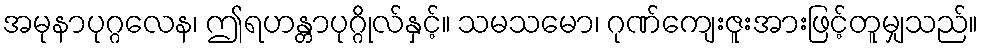
အမုနာပုဂ္ဂလေန၊ ဤရဟန္တာပုဂ္ဂိုလ်နှင့်။ သမသမော၊ ဂုဏ်ကျေးဇူးအားဖြင့်တူမျှသည်။